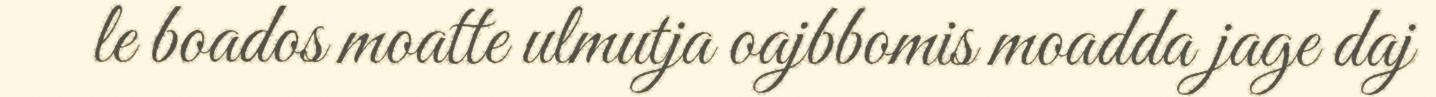
le boados moatte ulmutja oajbbomis moadda jage daj